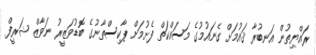
ރައްޔިތުން އަނބުރާ ޤައުމަށް ގެނައުމުގެ މަސައްކަތް ފެށުމަށް ޕާކިސްތާނުގެ ބޮޑުވަޒީރު ނަވާޒް ޝަރީފް